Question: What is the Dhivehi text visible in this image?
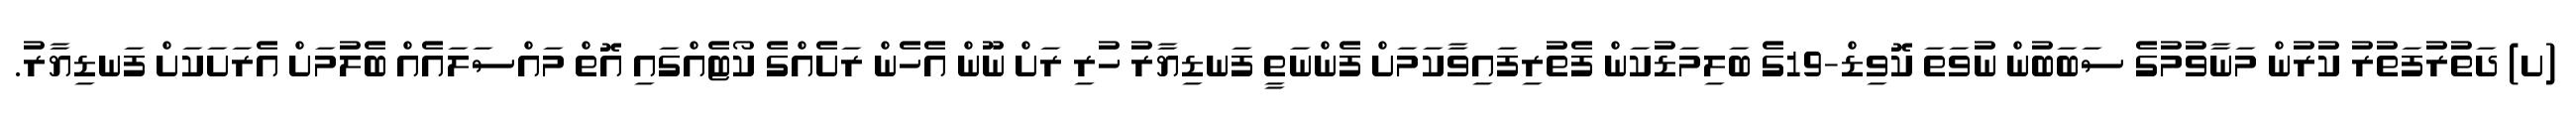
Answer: (ށ) ދަތުރުފަތުރު ކުރުން މަނާވުމުގެ ސަބަބުން ނުވަތަ ކޮވިޑް-19ގެ ބަލިމަޑުކަން ފެތުރިފައިވާކަމަށް ފެންނަތީ ފަނޑިޔާރު ހުރި ރަށް ނޫން އެހެން ރަށެއްގެ ކޯޓެއްގައި އޮތް މައްސަލައެއް ބެލުމަށް އެރަށަކަށް ފަނޑިޔާރު.